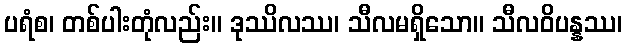
ပရံစ၊ တစ်ပါးတုံလည်း။ ဒုဿိလဿ၊ သီလမရှိသော။ သီလဝိပန္နဿ၊